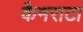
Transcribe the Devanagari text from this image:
कैमराटा